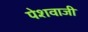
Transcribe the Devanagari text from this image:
पेशवाजी